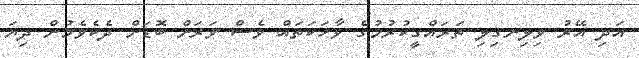
އަދި އޭރު ވިލިނގިލި ތަރައްގީކުރުމުގެ ވާހަކަތައް ވެސް ވަރަށް ބޮޑަށް ދެކެވެމުން ދިޔަ